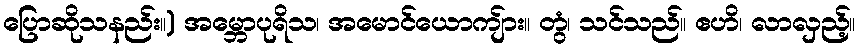
ပြောဆိုသနည်း။) အမ္ဘောပုရိသ၊ အမောင်ယောကျ်ား။ တွံ၊ သင်သည်။ ဧဟိ၊ လာလှည့်။